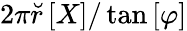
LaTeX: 2\pi\breve{r}\left[X\right]/\tan\left[\varphi\right]